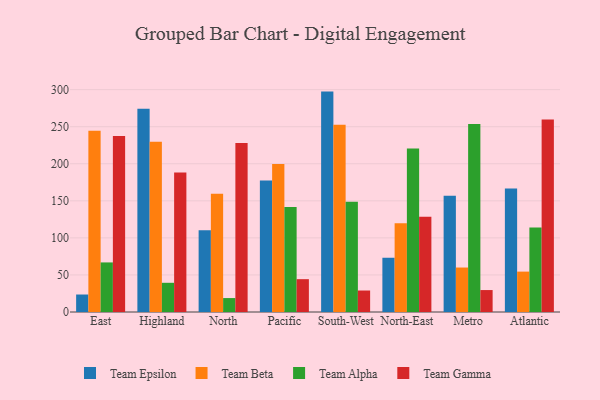
{"axis": {"x": "Region", "y": "Demand Index"}, "legend": ["Team Alpha", "Team Beta", "Team Epsilon", "Team Gamma"], "data": [{"x": "East", "y": 23.6, "type": "Team Epsilon"}, {"x": "East", "y": 244.7, "type": "Team Beta"}, {"x": "East", "y": 66.9, "type": "Team Alpha"}, {"x": "East", "y": 237.6, "type": "Team Gamma"}, {"x": "Highland", "y": 274.3, "type": "Team Epsilon"}, {"x": "Highland", "y": 229.7, "type": "Team Beta"}, {"x": "Highland", "y": 39.4, "type": "Team Alpha"}, {"x": "Highland", "y": 188.4, "type": "Team Gamma"}, {"x": "North", "y": 110.4, "type": "Team Epsilon"}, {"x": "North", "y": 159.5, "type": "Team Beta"}, {"x": "North", "y": 18.8, "type": "Team Alpha"}, {"x": "North", "y": 227.9, "type": "Team Gamma"}, {"x": "Pacific", "y": 177.6, "type": "Team Epsilon"}, {"x": "Pacific", "y": 199.8, "type": "Team Beta"}, {"x": "Pacific", "y": 141.7, "type": "Team Alpha"}, {"x": "Pacific", "y": 44.3, "type": "Team Gamma"}, {"x": "South-West", "y": 297.4, "type": "Team Epsilon"}, {"x": "South-West", "y": 252.8, "type": "Team Beta"}, {"x": "South-West", "y": 148.8, "type": "Team Alpha"}, {"x": "South-West", "y": 29.0, "type": "Team Gamma"}, {"x": "North-East", "y": 73.2, "type": "Team Epsilon"}, {"x": "North-East", "y": 119.9, "type": "Team Beta"}, {"x": "North-East", "y": 220.5, "type": "Team Alpha"}, {"x": "North-East", "y": 128.5, "type": "Team Gamma"}, {"x": "Metro", "y": 156.8, "type": "Team Epsilon"}, {"x": "Metro", "y": 60.0, "type": "Team Beta"}, {"x": "Metro", "y": 253.7, "type": "Team Alpha"}, {"x": "Metro", "y": 29.6, "type": "Team Gamma"}, {"x": "Atlantic", "y": 166.6, "type": "Team Epsilon"}, {"x": "Atlantic", "y": 54.5, "type": "Team Beta"}, {"x": "Atlantic", "y": 114.1, "type": "Team Alpha"}, {"x": "Atlantic", "y": 259.8, "type": "Team Gamma"}]}